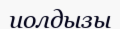
иолдызы